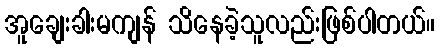
အူချေးခါးမကျန် သိနေခဲ့သူလည်းဖြစ်ပါတယ်။